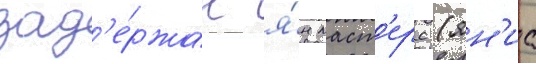
зад'е́ржан я́н маст'ерс (ян'ис